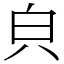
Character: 㒵